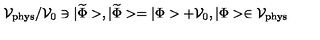
{ \cal V } _ { \mathrm { p h y s } } / { \cal V } _ { 0 } \ni | \widetilde { \Phi } > , | \widetilde { \Phi } > = | \Phi > + { \cal V } _ { 0 } , | \Phi > \in { \cal V } _ { \mathrm { p h y s } }